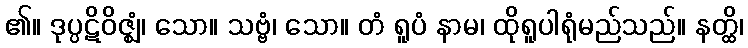
၏။ ဒုပ္ပဋိဝိဇ္ဈံ၊ သော။ သဗ္ဗံ၊ သော။ တံ ရူပံ နာမ၊ ထိုရူပါရုံမည်သည်။ နတ္ထိ၊